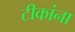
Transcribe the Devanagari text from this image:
टीकांना